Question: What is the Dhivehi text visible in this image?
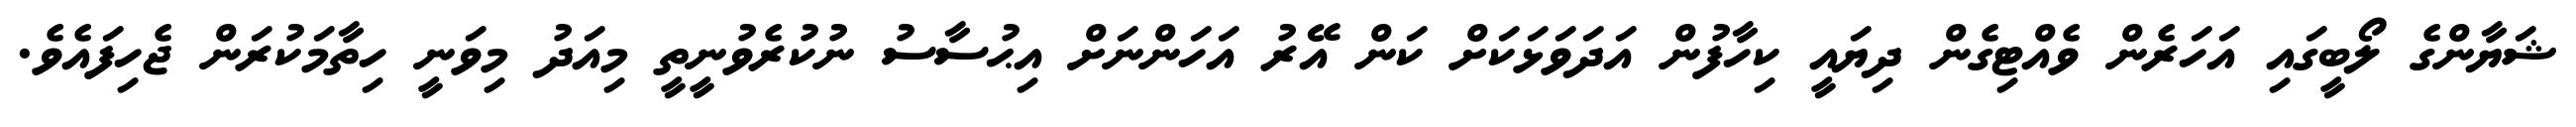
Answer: ޝަޔާންގެ ލޯބީގައި އަހަރެން ވެއްޓިގެން ދިޔައީ ކިހާފުން އަދަވަޅަކަށް ކަން އޭރު އަހަންނަށް އިޙުސާސު ނުކުރެވުނީތީ މިއަދު މިވަނީ ހިތާމަކުރަން ޖެހިފައެވެ.